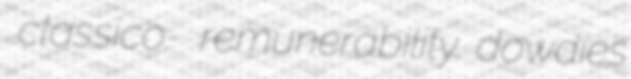
classico- remunerability dowdies